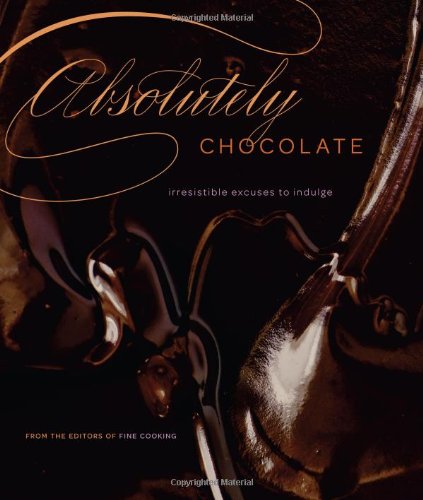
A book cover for Absolutely Chocolate: Irresistible Excuses to Indulge; Editors of Fine Cooking; Cookbooks, Food & Wine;